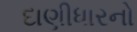
દાણીધારનો